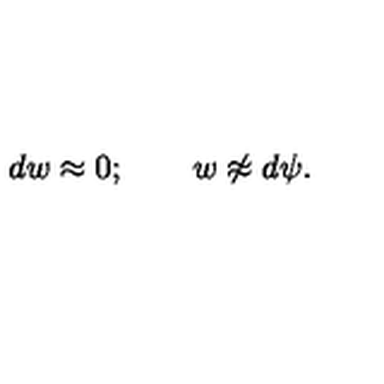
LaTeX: d w \approx 0 ; \quad \quad w \not \approx d \psi .